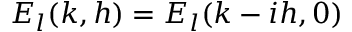
E _ { l } ( k , h ) = E _ { l } ( k - i h , 0 )